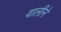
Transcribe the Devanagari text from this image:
वालीने